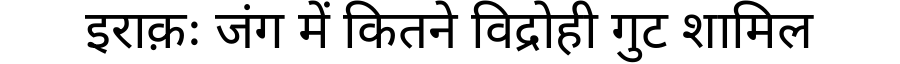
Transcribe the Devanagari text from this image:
इराक़ः जंग में कितने विद्रोही गुट शामिल